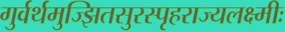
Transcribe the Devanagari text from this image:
गुर्वर्थमुज्झितसुरस्पृहराज्यलक्ष्मीः